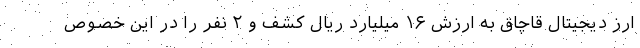
ارز دیجیتال قاچاق به ارزش ۱۶ میلیارد ریال کشف و ۲ نفر را در این خصوص